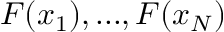
F ( x _ { 1 } ) , . . . , F ( x _ { N } )